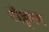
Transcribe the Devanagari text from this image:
रोड्मन